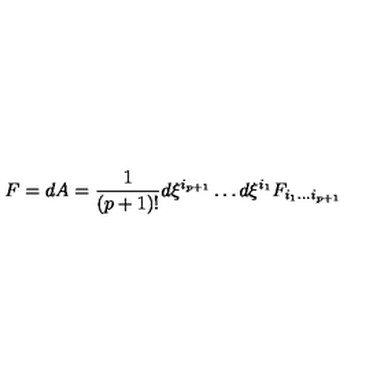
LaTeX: F = d A = { \frac { 1 } { ( p + 1 ) ! } } d \xi ^ { i _ { p + 1 } } \dots d \xi ^ { i _ { 1 } } F _ { i _ { 1 } \dots i _ { p + 1 } }